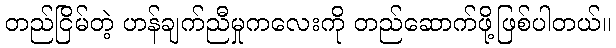
တည်ငြိမ်တဲ့ ဟန်ချက်ညီမှုကလေးကို တည်ဆောက်ဖို့ဖြစ်ပါတယ်။